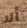
ألا